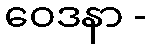
ဝေဒနာ -